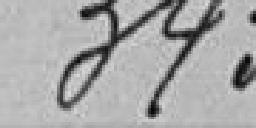
343